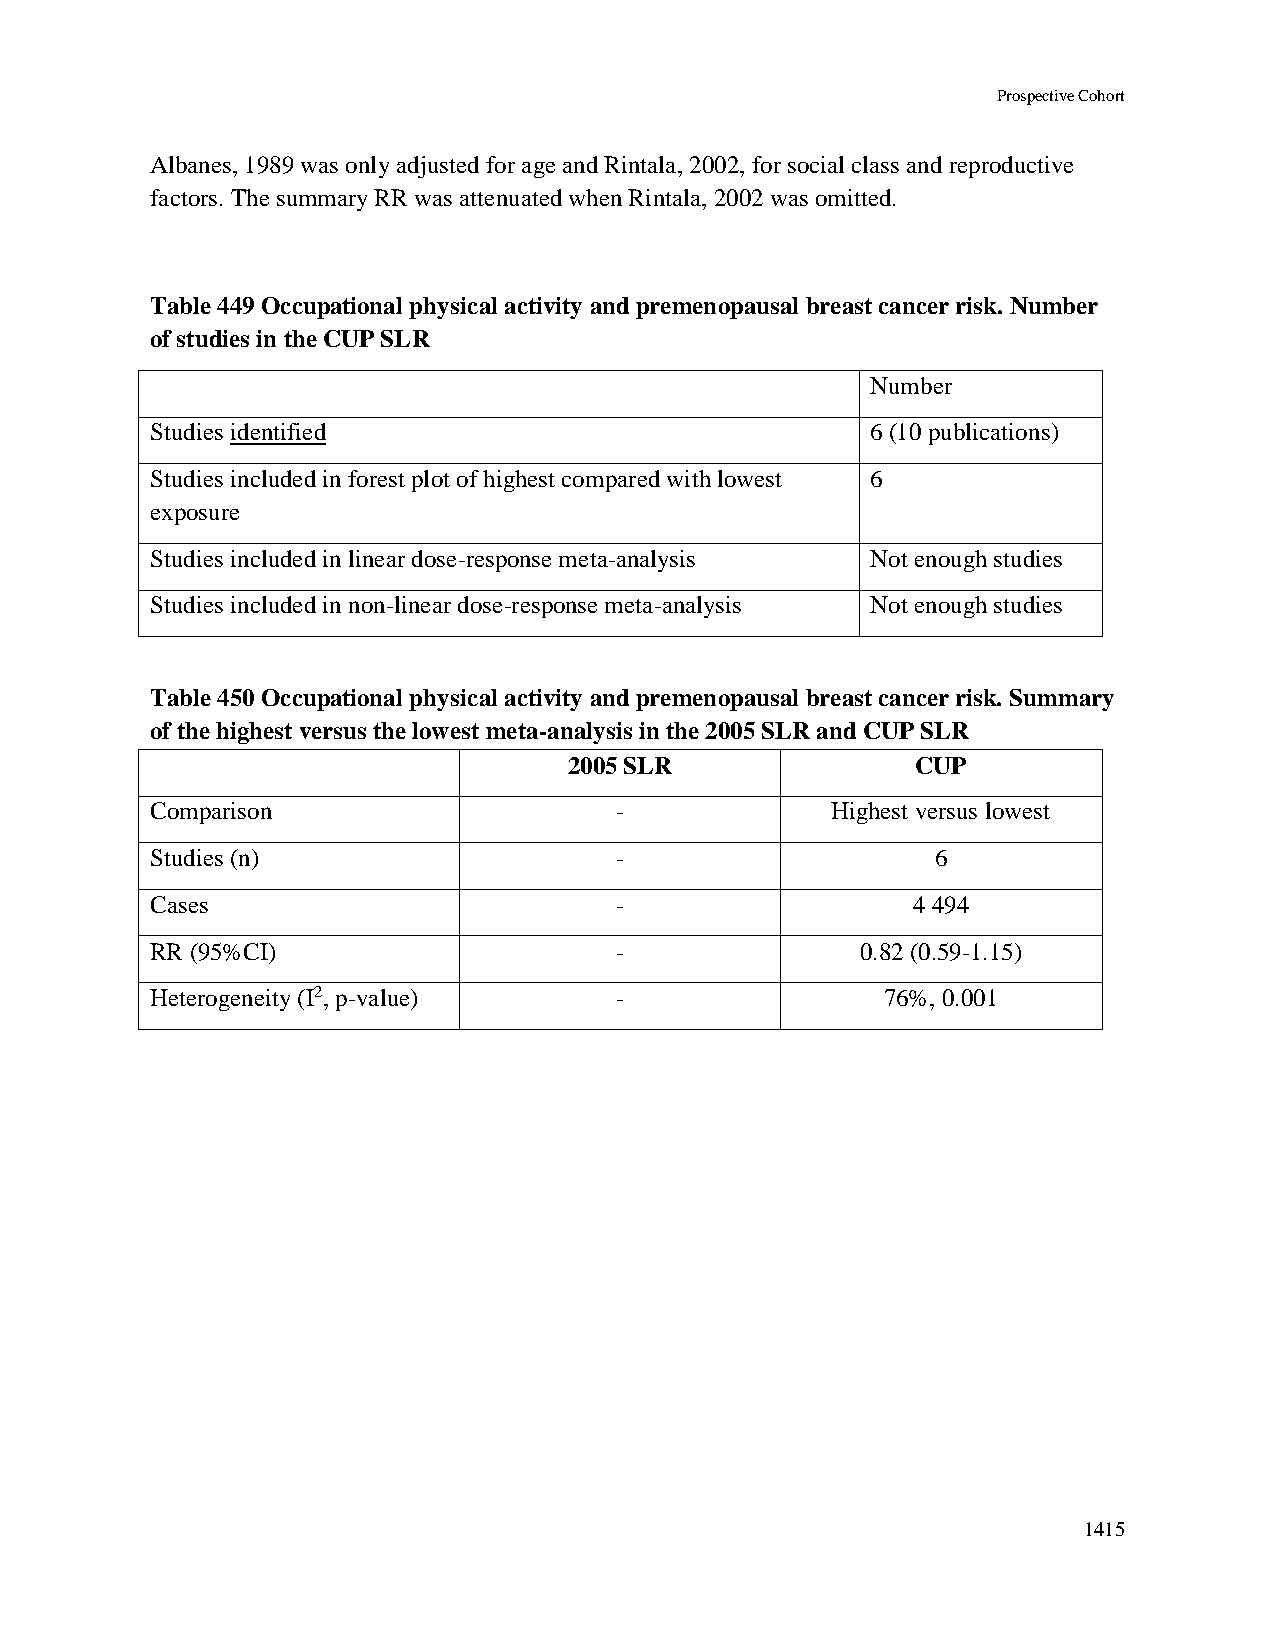
Prospective Cohort
 Albanes, 1989 was only adjusted for age and Rintala, 2002, for social class and reproductive
 factors. The summary RR was attenuated when Rintala, 2002 was omitted.
 Table 449 Occupational physical activity and premenopausal breast cancer risk. Number
 of studies in the CUP SLR
 Number
 Studies identified                              6 (10 publications)
 Studies included in forest plot of highest compared with lowest 6
 exposure
 Studies included in linear dose-response meta-analysis Not enough studies
 Studies included in non-linear dose-response meta-analysis Not enough studies
 Table 450 Occupational physical activity and premenopausal breast cancer risk. Summary
 of the highest versus the lowest meta-analysis in the 2005 SLR and CUP SLR
 2005 SLR               CUP
 Comparison                     -             Highest versus lowest
 Studies (n)                    -                    6
 Cases                          -                  4 494
 RR (95%CI)                     -               0.82 (0.59-1.15)
 Heterogeneity (I2, p-value)    -                 76%, 0.001
 1415